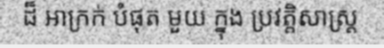
ដ៏ អាក្រក់ បំផុត មួយ ក្នុង ប្រវត្តិសាស្ត្រ